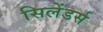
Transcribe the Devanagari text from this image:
सिलेंडर्स